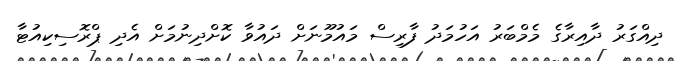
ދިއްގަރު ދާއިރާގެ މެމްބަރު އަހުމަދު ފާރިސް މައުމޫނަށް ދައުވާ ކޮށްދިނުމަށް އެދި ޕްރޮސިކިއުޓާ